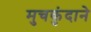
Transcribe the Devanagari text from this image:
मुचकुंदाने